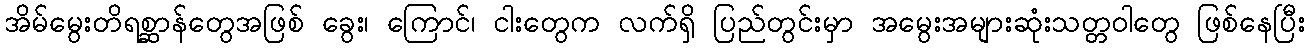
အိမ်မွေးတိရစ္ဆာန်တွေအဖြစ် ခွေး၊ ကြောင်၊ ငါးတွေက လက်ရှိ ပြည်တွင်းမှာ အမွေးအများဆုံးသတ္တဝါတွေ ဖြစ်နေပြီး